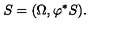
S = ( \Omega , \varphi ^ { * } S ) .